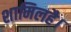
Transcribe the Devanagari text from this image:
शामिलहै।